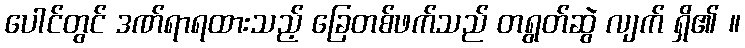
ပေါင်တွင် ဒဏ်ရာရထားသည့် ခြေတစ်ဖက်သည် တရွတ်ဆွဲ လျက် ရှိ၏ ။